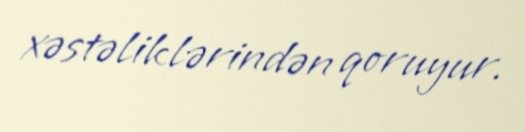
xəstəliklərindən qoruyur.